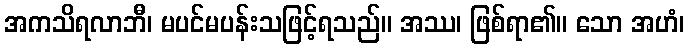
အကသိရလာဘီ၊ မပင်မပန်းသဖြင့်ရသည်။ အဿ၊ ဖြစ်ရာ၏။ သော အဟံ၊